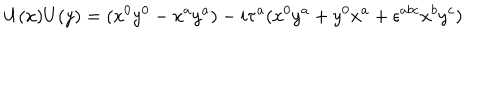
U ( x ) U ( y ) = ( x ^ { 0 } y ^ { 0 } - x ^ { a } y ^ { a } ) - i \tau ^ { a } ( x ^ { 0 } y ^ { a } + y ^ { 0 } x ^ { a } + \epsilon ^ { a b c } x ^ { b } y ^ { c } )